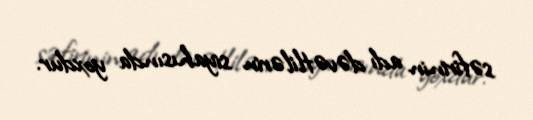
səfirinin adı dəvətlilərin siyahısında yoxdur.